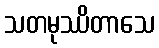
သတမုဿိတာသေ